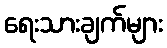
ရေးသားချက်များ